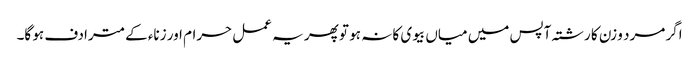
اگر مرد و زن کا رشتہ آپس میں میاں بیوی کا نہ ہو تو پھر یہ عمل حرام اور زناء کے مترادف ہو گا۔